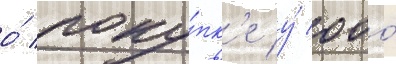
о́ поку́пк'е у́ ооо́